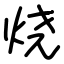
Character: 烧